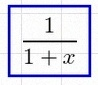
\frac{1}{1+x}